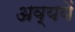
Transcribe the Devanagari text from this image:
अव्ययें